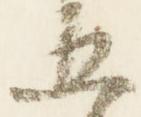
五